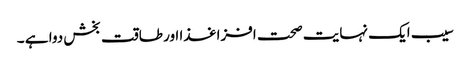
سیب ایک نہایت صحت افزا غذا اور طاقت بخش دوا ہے ۔